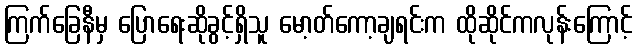
ကြက်ခြေနီမှ ပြောရေးဆိုခွင့်ရှိသူ မော့တ်ကော့ချရင်းက ထိုဆိုင်ကလုန်းကြောင့်